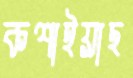
কশাইয়াছ